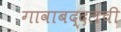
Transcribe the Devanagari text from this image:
गावाबद्दलची